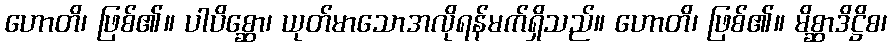
ဟောတိ၊ ဖြစ်၏။ ပါပိစ္ဆော၊ ယုတ်မာသောအလိုရန်မက်ရှိသည်။ ဟောတိ၊ ဖြစ်၏။ မိစ္ဆာဒိဋ္ဌိစ၊